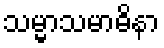
သမ္မာသမာဓိနာ